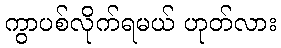
ကွာပစ်လိုက်ရမယ် ဟုတ်လား